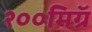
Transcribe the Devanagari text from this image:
२००मिग्रॅ